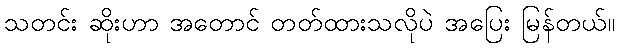
သတင်း ဆိုးဟာ အတောင် တတ်ထားသလိုပဲ အပြေး မြန်တယ်။